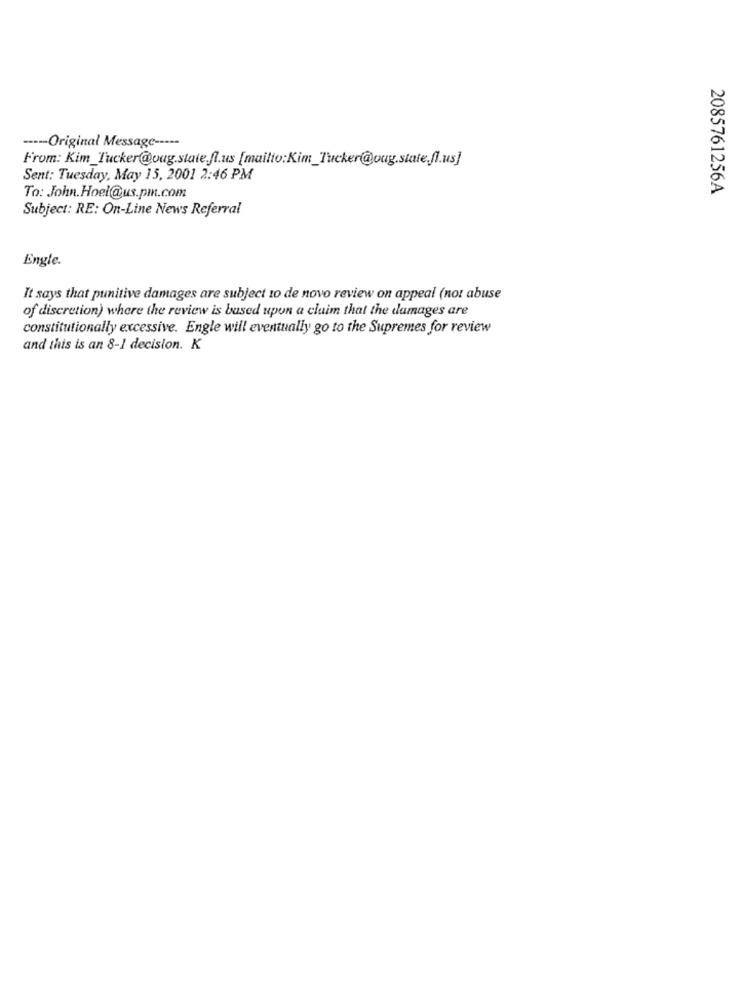
----- Original Message -----
From: Kim_Tucker@oug.state.fl.us [mailto:Kim_Tucker@oug.state,fl.us]
Sent: Tuesday, May 15, 2001 2:46 PM
2085761256A
To: John.Hoel@us.pm.com
Subject: RE: On-Line News Referral
Engle.
It says that punitive damages are subject 10 de novo review on appeal (not abuse
of discretion) where the review is based upon a claim that the damages are
constitutionally excessive. Engle will eventually go to the Supremes for review
and this is an 8-1 decision. K